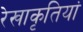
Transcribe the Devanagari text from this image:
रेखाकृतियां